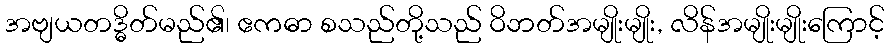
အဗျယတဒ္ဓိတ်မည်၏၊ ဧကဓာ စသည်တို့သည် ဝိဘတ်အမျိုးမျိုး, လိန်အမျိုးမျိုးကြောင့်